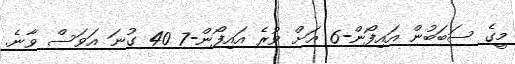
މީގެ ސަބަބުން އައިފޯން-6 އަށް ވުރެ އައިފޯން-7 40 ގުނަ އަވަސް ވާނެ.